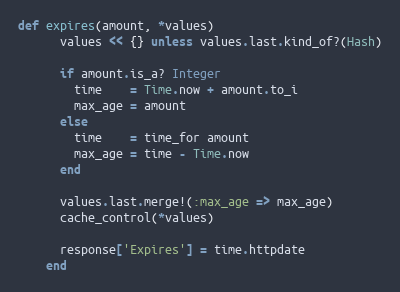
Language: Ruby
def expires(amount, *values)
      values << {} unless values.last.kind_of?(Hash)

      if amount.is_a? Integer
        time    = Time.now + amount.to_i
        max_age = amount
      else
        time    = time_for amount
        max_age = time - Time.now
      end

      values.last.merge!(:max_age => max_age)
      cache_control(*values)

      response['Expires'] = time.httpdate
    end